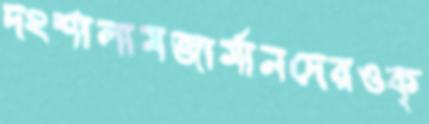
দংশালামজার্মানদেরওক্